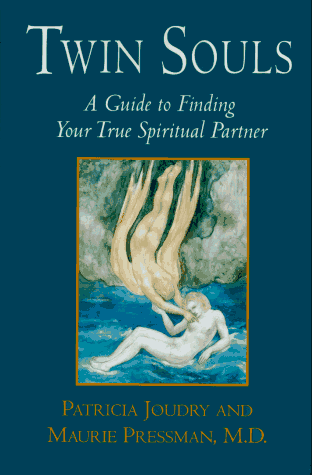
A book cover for Twin Souls: A Guide to Finding Your True Spiritual Partner; Patricia Joudry; Self-Help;